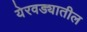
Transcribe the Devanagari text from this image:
येरवड्यातील